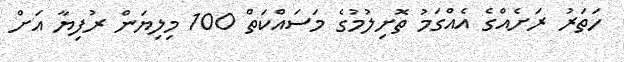
ހަތަރު ރަށެއްގެ އެއްގަމު ތޮށިލުމުގެ މަސައްކަތް 100 މިލިޔަން ރުފިޔާ އަށް